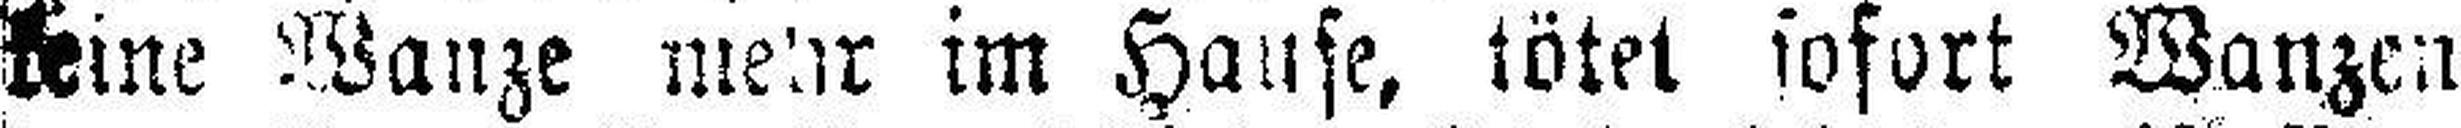
keine Wanze mehr im Hause, tötet sofort Wanzen